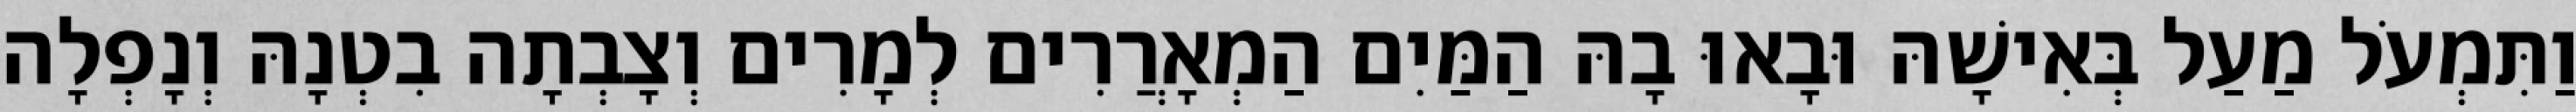
וַתִּמְעֹל מַעַל בְּאִישָׁהּ וּבָאוּ בָהּ הַמַּיִם הַמְאָרֲרִים לְמָרִים וְצָבְתָה בִטְנָהּ וְנָפְלָה